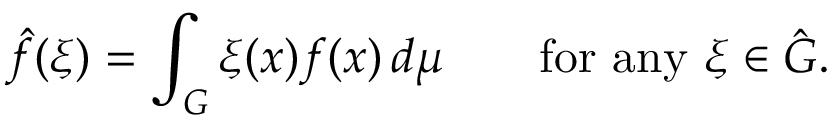
{ \hat { f } } ( \xi ) = \int _ { G } \xi ( x ) f ( x ) \, d \mu \qquad { \mathrm { f o r ~ a n y ~ } } \xi \in { \hat { G } } .